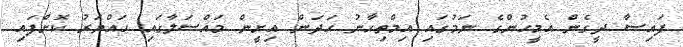
ފައިސާ ދީގެން އެމީހުންގެ ނަމުގައި އިމްތިހާނު ހަދަން އިށީން މައްސަލާގައި ހައްޔަރު ކޮށްފައި